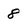
Character: 8